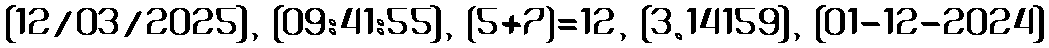
[12/03/2025], {09:41:55}, (5+7)=12, [3.14159], {01-12-2024}